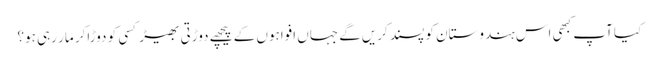
کیا آپ کبھی اس ہندوستان کو پسند کریں‌گے جہاں افواہوں کے پیچھے دوڑتی بھیڑ کسی کو دوڑاکر مار رہی ہو؟